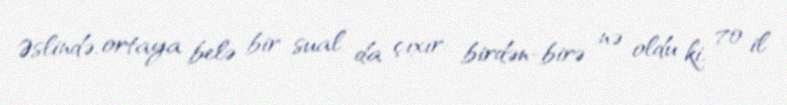
Əslində, ortaya belə bir sual da çıxır: birdən-birə nə oldu ki, 70 il